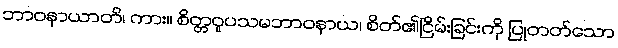
ဘာဝနာယာတိ၊ ကား။ စိတ္တဝူပသမဘာဝနာယ၊ စိတ်၏ငြိမ်းခြင်းကို ပြုတတ်သော